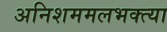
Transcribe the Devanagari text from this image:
अनिशममलभक्त्या